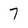
Character: 7